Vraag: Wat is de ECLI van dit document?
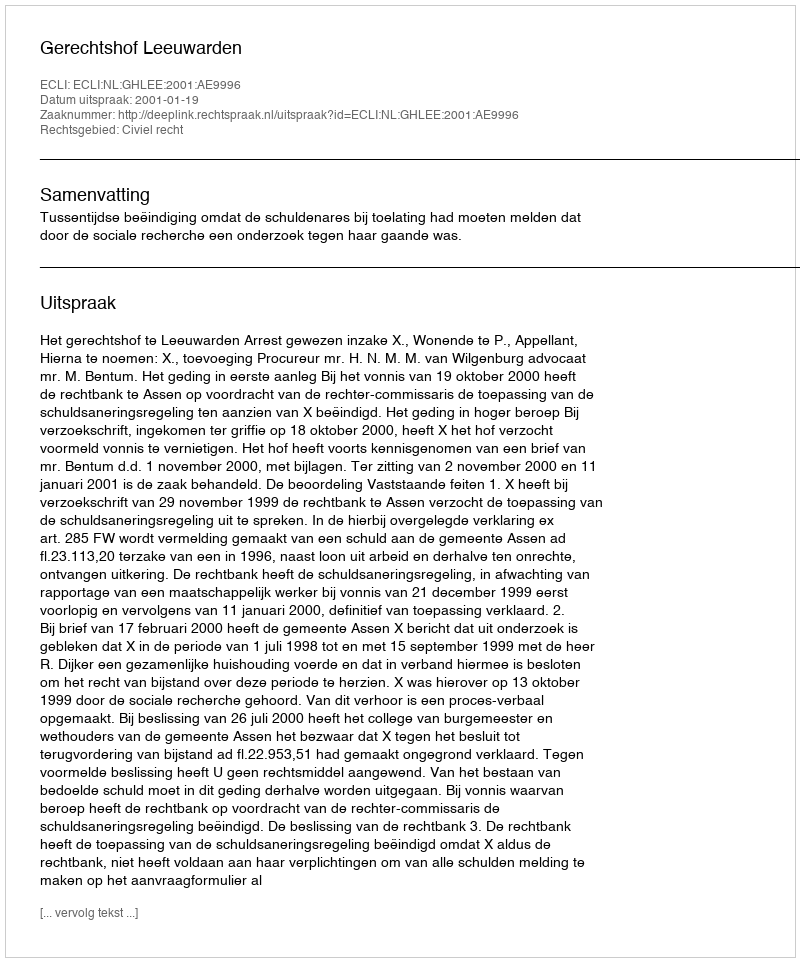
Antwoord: ECLI:NL:GHLEE:2001:AE9996